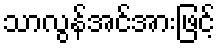
သာလွန်အင်အားဖြင့်